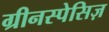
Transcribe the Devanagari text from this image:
ग्रीनस्पेसिज़